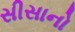
સીસાનો